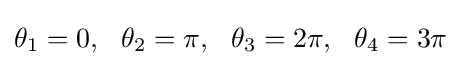
\theta _{1}=0,\ \ \theta _{2}=\pi ,\ \ \theta _{3}=2\pi ,\ \ \theta _{4}=3\pi